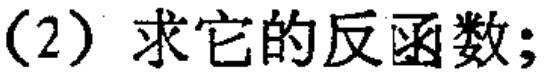
(2) 求它的反函数;